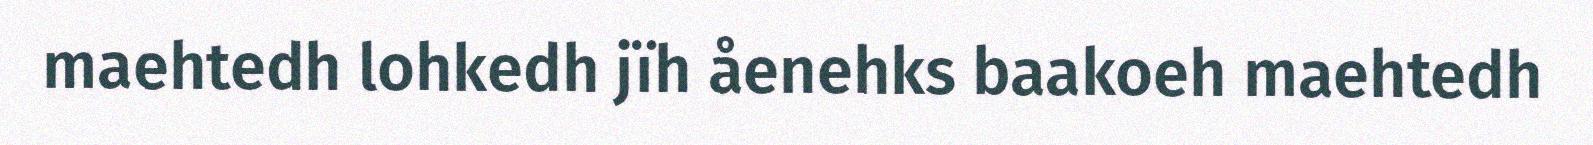
maehtedh lohkedh jïh åenehks baakoeh maehtedh